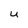
Character: U